Civil Veterinary Department Bihar & Orissa reports 1929-36 - 1929-1936
Year: 1929
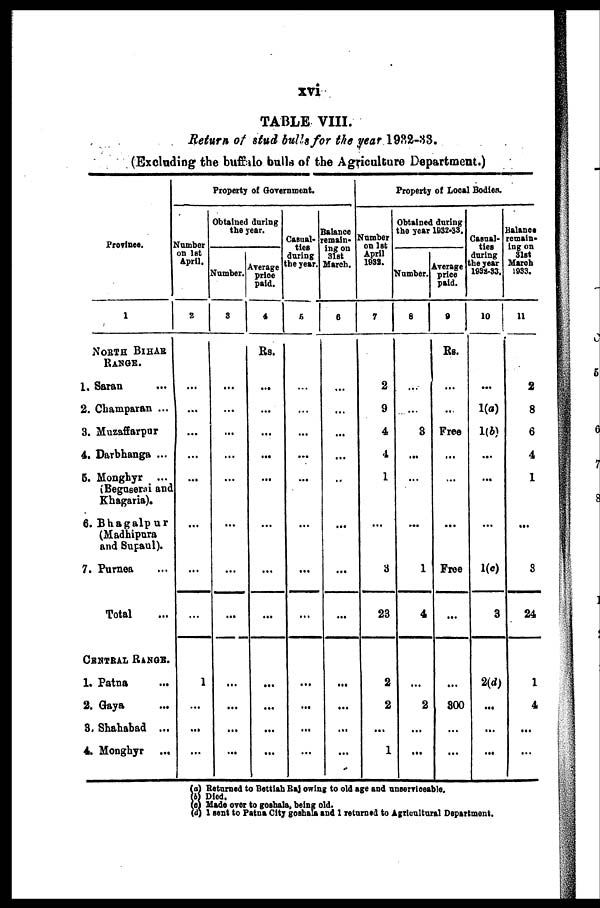
xvi
TABLE VIII.
Return of stud bulls for the year 1932-33.
(Excluding the buffalo bulls of the Agriculture Department.)
Province.
1
NORTH BlHAR
RANGE.
1. Saran ...
2. Champaran ...
3. Muzaffarpur
4. Darbhanga ...
5. Monghyr ...
(Beguserai and
Khagaria).
6. Bhagalpur
(Madhipura
and Supaul).
7. Purnea ...
Total ...
CENTRAL RANGE.
1. Patna ...
2. Gaya ...
3. Shahabad ...
4. Monghyr
...
Property of Government.
Number
on 1st
April.
2
...
...
...
...
...
...
...
...
1
...
...
...
Obtained daring
the year.
Number.
8
...
...
...
...
...
...
...
...
...
...
...
...
Average
price
paid.
4
Rs.
...
...
...
...
...
...
...
...
...
...
...
...
Casual-
ties
during
the year.
5
...
...
...
...
...
...
...
...
...
...
...
...
Balance
remain-
ing on
31st
March.
6
...
...
...
...
...
...
...
...
...
...
...
...
Property of Local Bodies.
Number
on 1st
April
1932.
7
2
9
4
4
1
...
3
23
2
2
...
1
Obtained during
the year 1932-33.
Number.
8
...
...
3
...
...
...
1
4
...
2
...
...
average
price
paid.
9
Rs.
...
...
Free
...
...
...
Free
...
...
300
...
...
Casual-
ties
during
the year
1932-33.
10
...
1(a)
1(6)
...
...
...
1(c)
3
2(d)
...
...
...
Balance
remain-
ing on
31st
March
1933.
11
2
8
6
4
1
...
3
24
1
4
...
...
(a) Returned to Battiah Raj owing to old age and unserviceable.
(b) Died.
(c) Made over to goshala, being old.
(d) 1 sent to Patna City goshala and 1 returned to Agricultural Department.